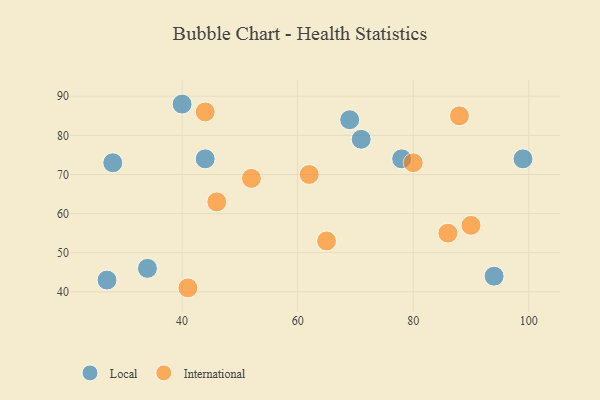
{"axis": {"x": "GDP", "y": "Life Expectancy"}, "legend": ["International", "Local"], "data": [{"x": "94", "y": 44, "type": "Local"}, {"x": "78", "y": 74, "type": "Local"}, {"x": "71", "y": 79, "type": "Local"}, {"x": "69", "y": 84, "type": "Local"}, {"x": "27", "y": 43, "type": "Local"}, {"x": "44", "y": 74, "type": "Local"}, {"x": "40", "y": 88, "type": "Local"}, {"x": "34", "y": 46, "type": "Local"}, {"x": "99", "y": 74, "type": "Local"}, {"x": "28", "y": 73, "type": "Local"}, {"x": "41", "y": 41, "type": "International"}, {"x": "90", "y": 57, "type": "International"}, {"x": "46", "y": 63, "type": "International"}, {"x": "52", "y": 69, "type": "International"}, {"x": "86", "y": 55, "type": "International"}, {"x": "62", "y": 70, "type": "International"}, {"x": "88", "y": 85, "type": "International"}, {"x": "65", "y": 53, "type": "International"}, {"x": "44", "y": 86, "type": "International"}, {"x": "80", "y": 73, "type": "International"}]}